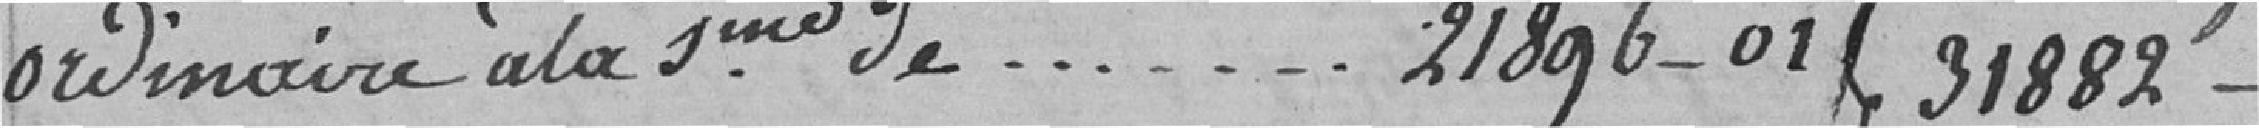
ordinaire à la somme de - - - - - - 21896-01 } 31882 francs